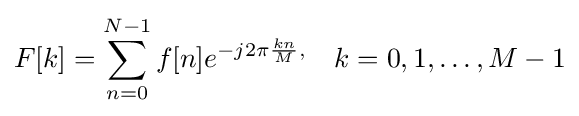
F[k]=\sum _{n=0}^{N-1}f[n]e^{-j2\pi {\frac {kn}{M}},}\quad k=0,1,\ldots ,M-1